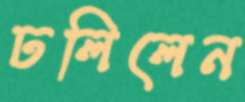
ঢলিলেন